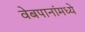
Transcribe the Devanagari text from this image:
वेबपानांमध्ये